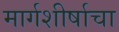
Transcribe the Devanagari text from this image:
मार्गशीर्षाचा